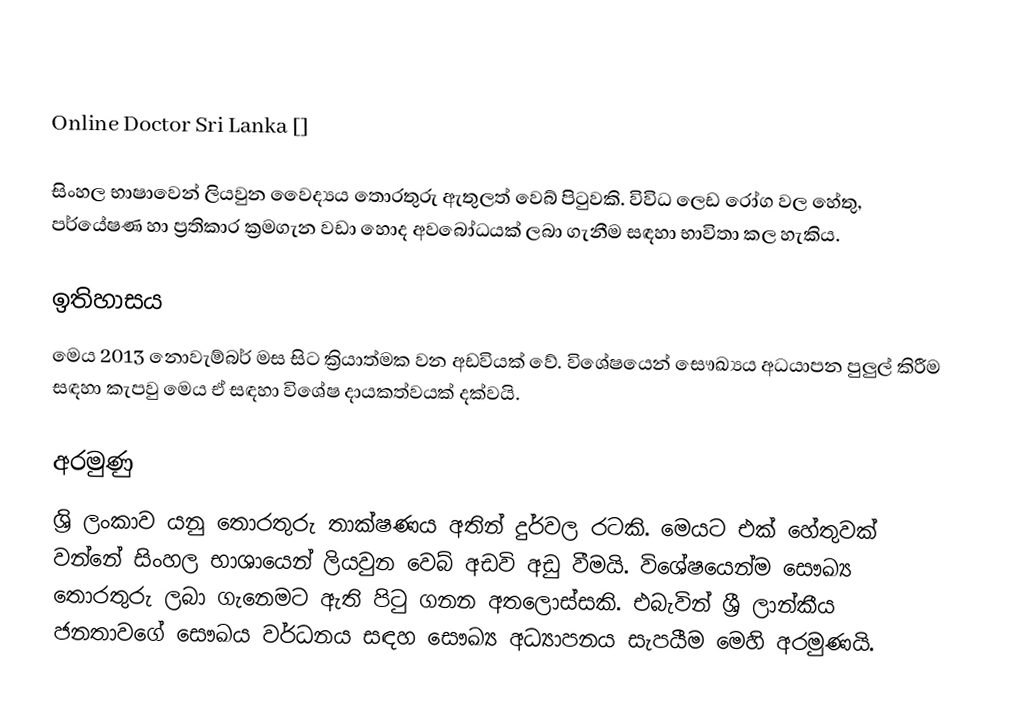

Online Doctor Sri Lanka []

සිංහල භාෂාවෙන් ලියවුන වෛද්‍යය තොරතුරු ඇතුලත් වෙබ් පි‍ටුවකි. විවිධ ලෙඩ රෝග වල හේතු, පර්යේෂණ හා ප්‍රතිකාර ක්‍රමගැන වඩා හොද අවබෝධයක් ලබා ගැනීම සඳහා භාවිතා කල හැකිය.

ඉතිහාසය
මෙය 2013 නොවැම්බර් මස සිට ක්‍රියාත්මක වන අඩවියක් වේ.  විශේෂයෙන් සෞඛ්‍යය අධයාපන පුලුල් කිරීම සඳහා කැපවු මෙය ඒ සඳහා විශේෂ දායකත්වයක් දක්වයි.

අරමුණු
ශ්‍රි ලංකාව යනු තොරතුරු තාක්ෂණය අතින් දුර්වල රටකි. මෙයට එක් හේතුවක් වන්නේ සිංහල භාශායෙන් ලියවුන වෙබ් අඩවි අඩු වීමයි. විශේෂයෙන්ම සෞඛ්‍ය තොරතුරු ලබා ගැනෙමට ඇති පි‍ටු ගනන අතලොස්සකි. එබැවින් ශ්‍රී ලාන්කීය ජනතාවගේ සෞඛය වර්ධනය සඳහ සෞඛ්‍ය අධ්‍යාපනය සැපයීම මෙහි අරමුණයි.